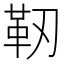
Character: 靭